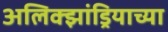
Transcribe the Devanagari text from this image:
अलिक्झांड्रियाच्या